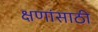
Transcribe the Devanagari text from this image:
क्षणांसाठी